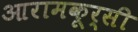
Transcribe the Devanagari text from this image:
आरामकूर्सी